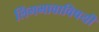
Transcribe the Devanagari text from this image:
लिंगभावाविषयी